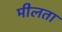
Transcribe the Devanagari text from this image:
मीलता